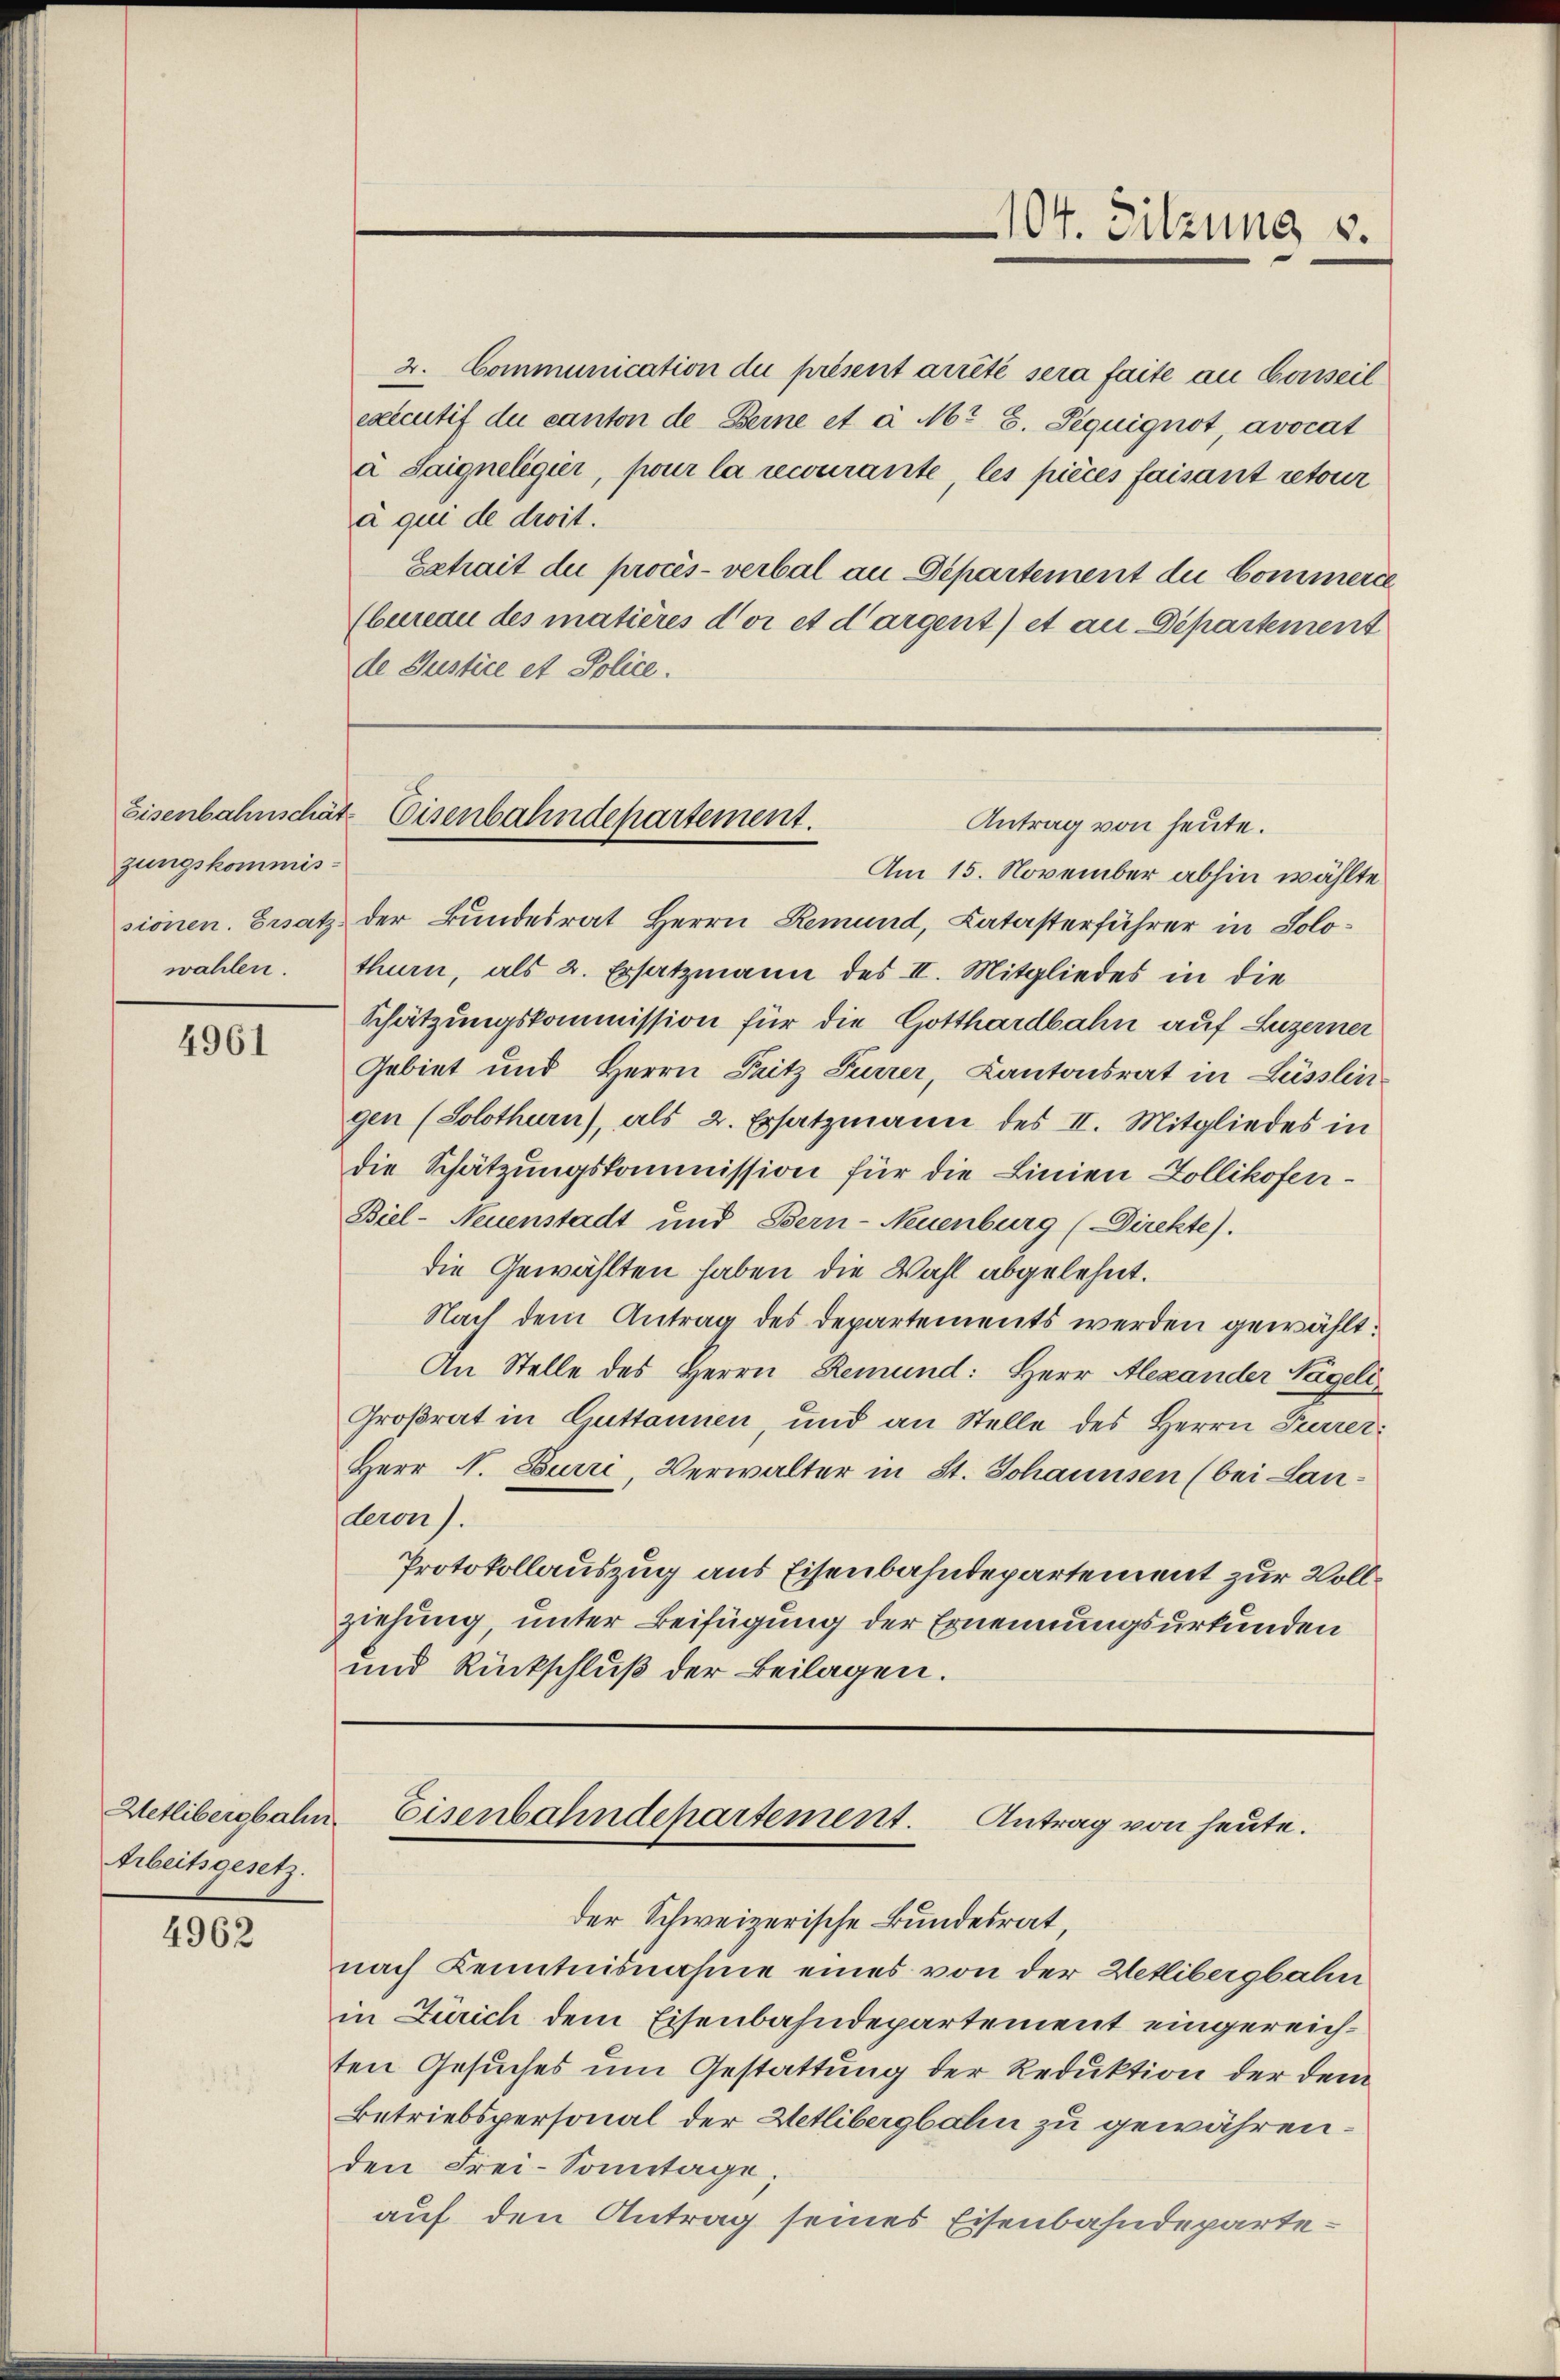
zungskommiswahlen.

4961

Arbeitsgesetz.

4962

2. Communication du présent arrété sera faite an Conseil
executif du canton de Berne et à Mr. C. Siquignot avocat
à Saigneligier, pour la recourante, les pièces faisant retour
à qui de droit!
Extrait die procès-verbal an Departement die Commerce
(bureau des matières d’or et dargent) et an Departement
de Justice et Police.

104. Sitzung u.

Am 15. November abhin wählte
sionen. Ersatz der Bundesrat Herrn Remund, Katasterführer in Solothurn, als 2. Ersatzmann des II. Mitgliedes in die
Schätzungskommission für die Gotthardbahn auf Luzerner
Gebiet und Herrn Pritz Furrer, Kantonsrat in Lüsslei
gen (Solothurn), als 2. Ersatzmann des II. Mitgliedes in
die Schätzungskommission für die Linien Zollikofen-
Biel- Neuenstadt und Bern-Neuenburg (Direkte).
die Gewählten haben die Wahl abgelehnt.
Nach dem Antrag des Departements werden gewählt:
An Stelle des Herrn Remund: Herr Alexander Nägeli
Großrat in Guttannen, und an Stelle des Herrn Parrer
Herr N. Burri, Verwalter in St. Johannsen (bei Lan-
deron).
Protokollauszug aus Eisenbahndepartement zur Vollziehung unter Beifügung der Ernennungsurkunden
und Rückschluß der Beilagen.

Eisenbahnschätz Eisenbahndepartement.
Antrag von heute.

Hetlibersbahn. Eisenbahndepartement. Antrag von heute.
der Schweizerische Bundesrat,

nach Kenntnisnahme eines von der Hetlibergbahn
in Zürich dem Eisenbahndepartement eingereichten Gesuches um Gestattung der Reduktion der dem
Betriebspersonal der Hetlibergbahn zu gewähren.
den Frei-Sonntage,
auf den Antrag seines Eisenbahndeparte¬